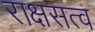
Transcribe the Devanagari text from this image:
राक्षसत्व